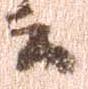
云